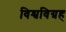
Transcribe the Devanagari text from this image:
विश्वविग्रह